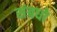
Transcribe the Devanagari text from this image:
संबधो